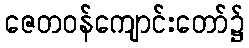
ဇေတဝန်ကျောင်းတော်၌